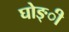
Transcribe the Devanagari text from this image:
घोङ्ी